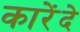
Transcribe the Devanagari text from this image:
कारेंदे